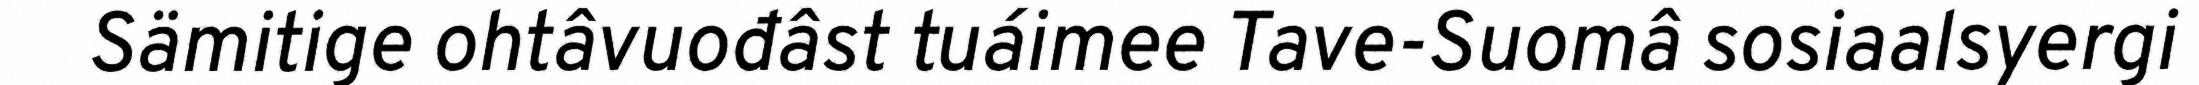
Sämitige ohtâvuođâst tuáimee Tave-Suomâ sosiaalsyergi